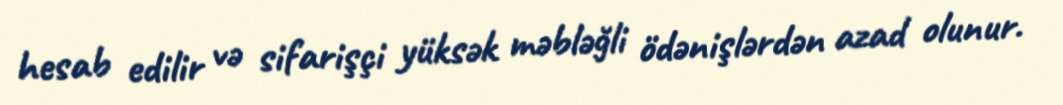
hesab edilir və sifarişçi yüksək məbləğli ödənişlərdən azad olunur.